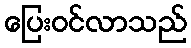
ပြေးဝင်လာသည်